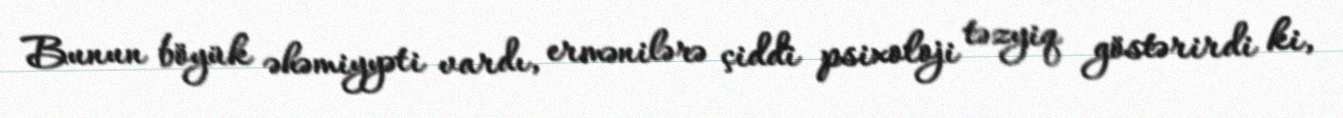
Bunun böyük əhəmiyyəti vardı, ermənilərə çiddi psixoloji təzyiq göstərirdi ki,